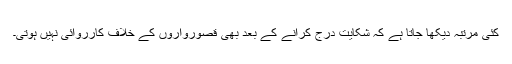
کئی مرتبہ دیکھا جاتا ہے کہ شکایت درج کرانے کے بعد بھی قصورواروں کے خلاف کارروائی نہیں ہوتی۔